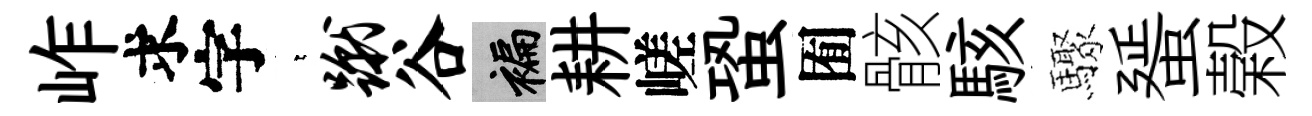
岞求字萋蹴谷褊耕嵯蛩囿骸駭驟蜑榖